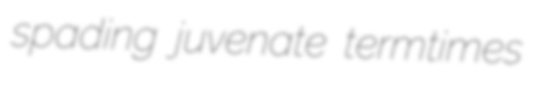
spading juvenate termtimes